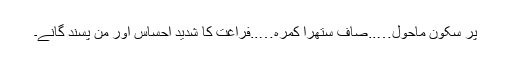
پُر سکون ماحول…..صاف ستھرا کمرہ…..فراغت کا شدید احساس اور من پسند گانے۔